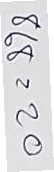
868 = 20